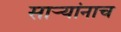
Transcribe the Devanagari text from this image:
सार्‍यांनाच